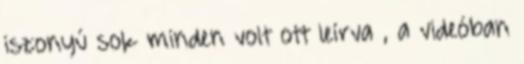
iszonyú sok minden volt ott leírva , a videóban